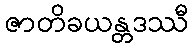
ဇာတိခယန္တဒဿီ